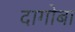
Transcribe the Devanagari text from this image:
दागोबा